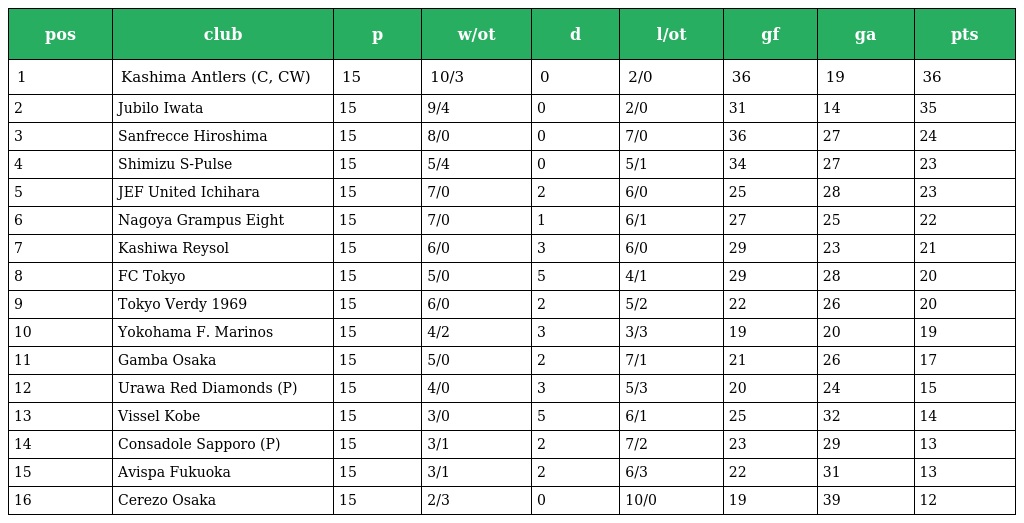
| pos | club | p | w/ot | d | l/ot | gf | ga | pts |
 | --- | --- | --- | --- | --- | --- | --- | --- | --- |
 | 1 | Kashima Antlers (C, CW) | 15 | 10/3 | 0 | 2/0 | 36 | 19 | 36 |
 | 2 | Jubilo Iwata | 15 | 9/4 | 0 | 2/0 | 31 | 14 | 35 |
 | 3 | Sanfrecce Hiroshima | 15 | 8/0 | 0 | 7/0 | 36 | 27 | 24 |
 | 4 | Shimizu S-Pulse | 15 | 5/4 | 0 | 5/1 | 34 | 27 | 23 |
 | 5 | JEF United Ichihara | 15 | 7/0 | 2 | 6/0 | 25 | 28 | 23 |
 | 6 | Nagoya Grampus Eight | 15 | 7/0 | 1 | 6/1 | 27 | 25 | 22 |
 | 7 | Kashiwa Reysol | 15 | 6/0 | 3 | 6/0 | 29 | 23 | 21 |
 | 8 | FC Tokyo | 15 | 5/0 | 5 | 4/1 | 29 | 28 | 20 |
 | 9 | Tokyo Verdy 1969 | 15 | 6/0 | 2 | 5/2 | 22 | 26 | 20 |
 | 10 | Yokohama F. Marinos | 15 | 4/2 | 3 | 3/3 | 19 | 20 | 19 |
 | 11 | Gamba Osaka | 15 | 5/0 | 2 | 7/1 | 21 | 26 | 17 |
 | 12 | Urawa Red Diamonds (P) | 15 | 4/0 | 3 | 5/3 | 20 | 24 | 15 |
 | 13 | Vissel Kobe | 15 | 3/0 | 5 | 6/1 | 25 | 32 | 14 |
 | 14 | Consadole Sapporo (P) | 15 | 3/1 | 2 | 7/2 | 23 | 29 | 13 |
 | 15 | Avispa Fukuoka | 15 | 3/1 | 2 | 6/3 | 22 | 31 | 13 |
 | 16 | Cerezo Osaka | 15 | 2/3 | 0 | 10/0 | 19 | 39 | 12 |